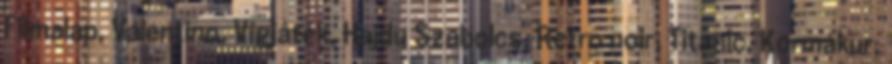
Filmalap, Valentino, Vígjáték, Hajdu Szabolcs, Retro noir, Titanic, Kormákur,